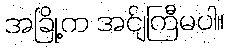
အခြို့က အင်ျကြီမပါ။